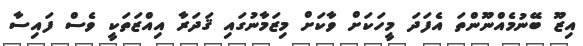
އިޒޫ ބޭނުމެއްނޫންތަ އެފަދަ މީހަކަށް ވާކަށް މިޒަމާނުގައި ޤަދަރާ އިއްޒަތަކީ ވެސް ފައިސާ